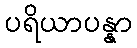
ပရိယာပန္နာ